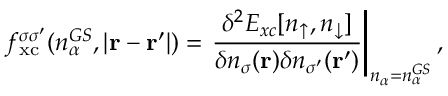
f _ { \mathrm { x c } } ^ { \sigma \sigma ^ { \prime } } ( n _ { \alpha } ^ { G S } , | \mathbf { r } - \mathbf { r } ^ { \prime } | ) = \left. \frac { \delta ^ { 2 } E _ { x c } [ n _ { \uparrow } , n _ { \downarrow } ] } { \delta n _ { \sigma } ( \mathbf { r } ) \delta n _ { \sigma ^ { \prime } } ( \mathbf { r } ^ { \prime } ) } \right| _ { n _ { \alpha } = n _ { \alpha } ^ { G S } } ,